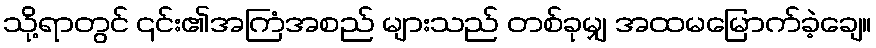
သို့ရာတွင် ၎င်း၏အကြံအစည် များသည် တစ်ခုမျှ အထမမြောက်ခဲ့ချေ။